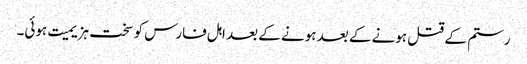
رستم کے قتل ہونے کے بعد ہونے کے بعد اہل فارس کو سخت ہزیمیت ہوئی۔